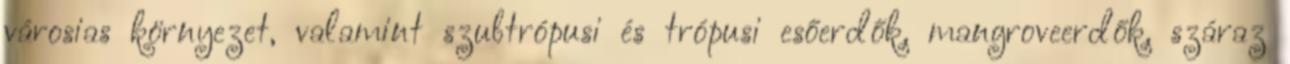
városias környezet, valamint szubtrópusi és trópusi esőerdők, mangroveerdők, száraz